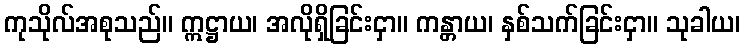
ကုသိုလ်အစုသည်။ ဣဋ္ဌာယ၊ အလိုရှိခြင်းငှာ။ ကန္တာယ၊ နှစ်သက်ခြင်းငှာ။ သုခါယ၊